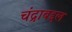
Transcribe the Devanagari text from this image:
चंद्राबद्दल